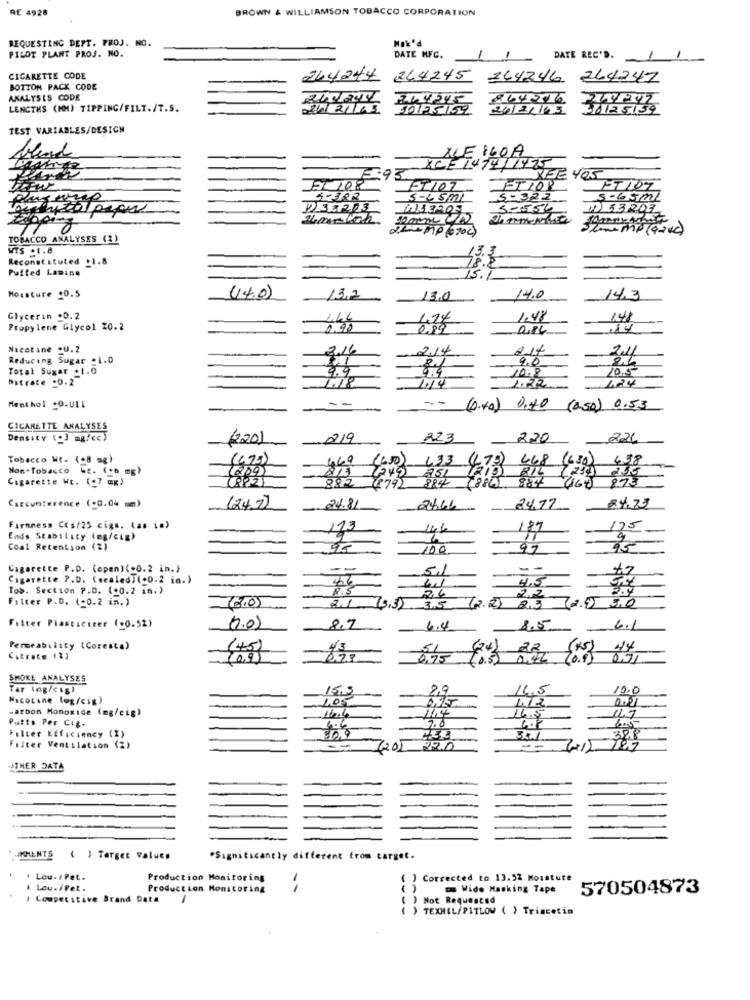
RE 4928
BROWN & WILLIAMSON TOBACCO CORPORATION
REQUESTING DEPT. PROJ. NO.
Hak'd
PILOT PLANT PROJ. NO.
DATE MFC.
DATE REC'D.
CIGARETTE CODE
264244
244245
264246 264247
BOTTON PACK CODE
ANALYSIS CODE
LENGTHS (MM) TIPPING/FILT./T.S.
26/21/43
36125/59
TEST VARIABLES/DESIGN
LLE 160A
8CET474/1475
2.93
REE 405
BT/07
4-322
5-65ml
5-556
(1) 53207
Summe (gave)
TOBACCO ANALYSES (1)
WTS .1.8
13.3
Reconstituted _1.8
78.8
Puited Lamine
15.1
Moisture 20.5
(4.0)
13.2
13.0
14.0
14,3
Glycerin .D.2
1.44
1.24
1.48
148
Propylene Glycol 20.2
0.90
0.89
,14
Nicotine -0.2
2.16
214
21%
Reducing Sugar :1.0
2.0
Total Sugar .1.0
10.8
10.5
Bitrate .0.2
9.9
1.14
--
Menthol c0.011
0.40)
0.40 (250) 0.53
CICANETTE ANALYSES
Density (+3 mg/cc)
220)
219
223
2.20
221
Tobacco Wt. (+8 mg)
(673)
469
(650) 433 (LT)
Non-Tobacco we. (+6 mg)
(249 251 (210 BIL
668 (450)
Cigarette Wt. (+7 mg)
(209)
(279)
884
(884) 884
(6) 875
CREconference (-0.04 mm)
(24)
24.81
24.66
24.77
84.73
Firmness Ccs/25 cigs. (as is)
113
144
175
Ends Stability (en/cig)
Coal Retention (2)
100
Cigarette P.D. (open) (+0.2 in.)
--
5.1
--
Cigarette P.D. (sealed)(+0.2 in.)
4.5
Tob. Section P.D. (+0.2 in.)
R.S
Filter P.D. (-0.2 in.)
2,6
2.1
73.32
12.23
Filter Plasticizer (+0.52)
(0.0)
8,7
6.4
8.5
6.1
Permeability (Coresta)
(45)
51
44
Citrate 1%)
0,91
0,75
SMOKE ANALYSES
Tar log/cişi
15,5
8,9
14,5
10.0
Wacotone log/cig)
1.05
0.21
-arbon Monoxide (mg/cig)
412
Putis Per Cig-
16.5
56.9
4.6
7.0
Filter Efficiency (2)
HEL
Filter Ventilation (2)
2R.D
OTHER DATA
MOMENTS
( ) Target Valuce
*Significantly different from target.
Lou./ Pet.
Production Monitoring
Corrected to 13.52 Moisture
Lou. /Pet.
Production Monitoring
()
Wide Masking Tape
570504873
I Competitive Srand Data
Not Requested
> TEXHEL/PITLOW ( ) Trigcetin